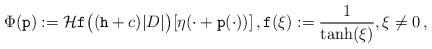
LaTeX: \begin{align*}\Phi( \mathtt p ) := {\cal H} \mathtt f\big( (\mathtt h + c) |D| \big) [ \eta (\cdot+ {\mathtt p} (\cdot) )] \, , \mathtt f( \xi ) := \frac{1}{ \tanh( \xi )} , \xi \neq 0\,,\end{align*}